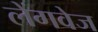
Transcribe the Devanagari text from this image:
लेंगवेज